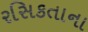
રસિકતાના